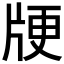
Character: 𰠞